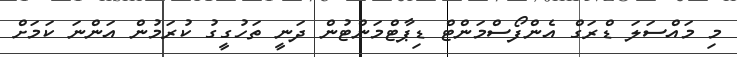
މި މައްސަލަ ޑްރަގް އެންފޯސްމަންޓް ޑިޕާޓްމަންޓުން ދަނީ ތަހުގީގު ކުރަމުން އަންނަ ކަމަށް